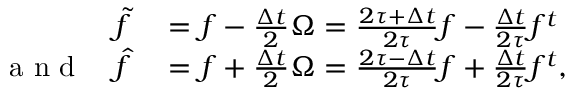
\begin{array} { r l } { \tilde { f } } & { { } = f - \frac { \Delta t } { 2 } \Omega = \frac { 2 \tau + \Delta t } { 2 \tau } f - \frac { \Delta t } { 2 \tau } f ^ { t } } \\ { \textrm { a n d } \quad \hat { f } } & { { } = f + \frac { \Delta t } { 2 } \Omega = \frac { 2 \tau - \Delta t } { 2 \tau } f + \frac { \Delta t } { 2 \tau } f ^ { t } , } \end{array}